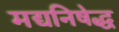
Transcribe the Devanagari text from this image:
मद्यनिषेद्ध